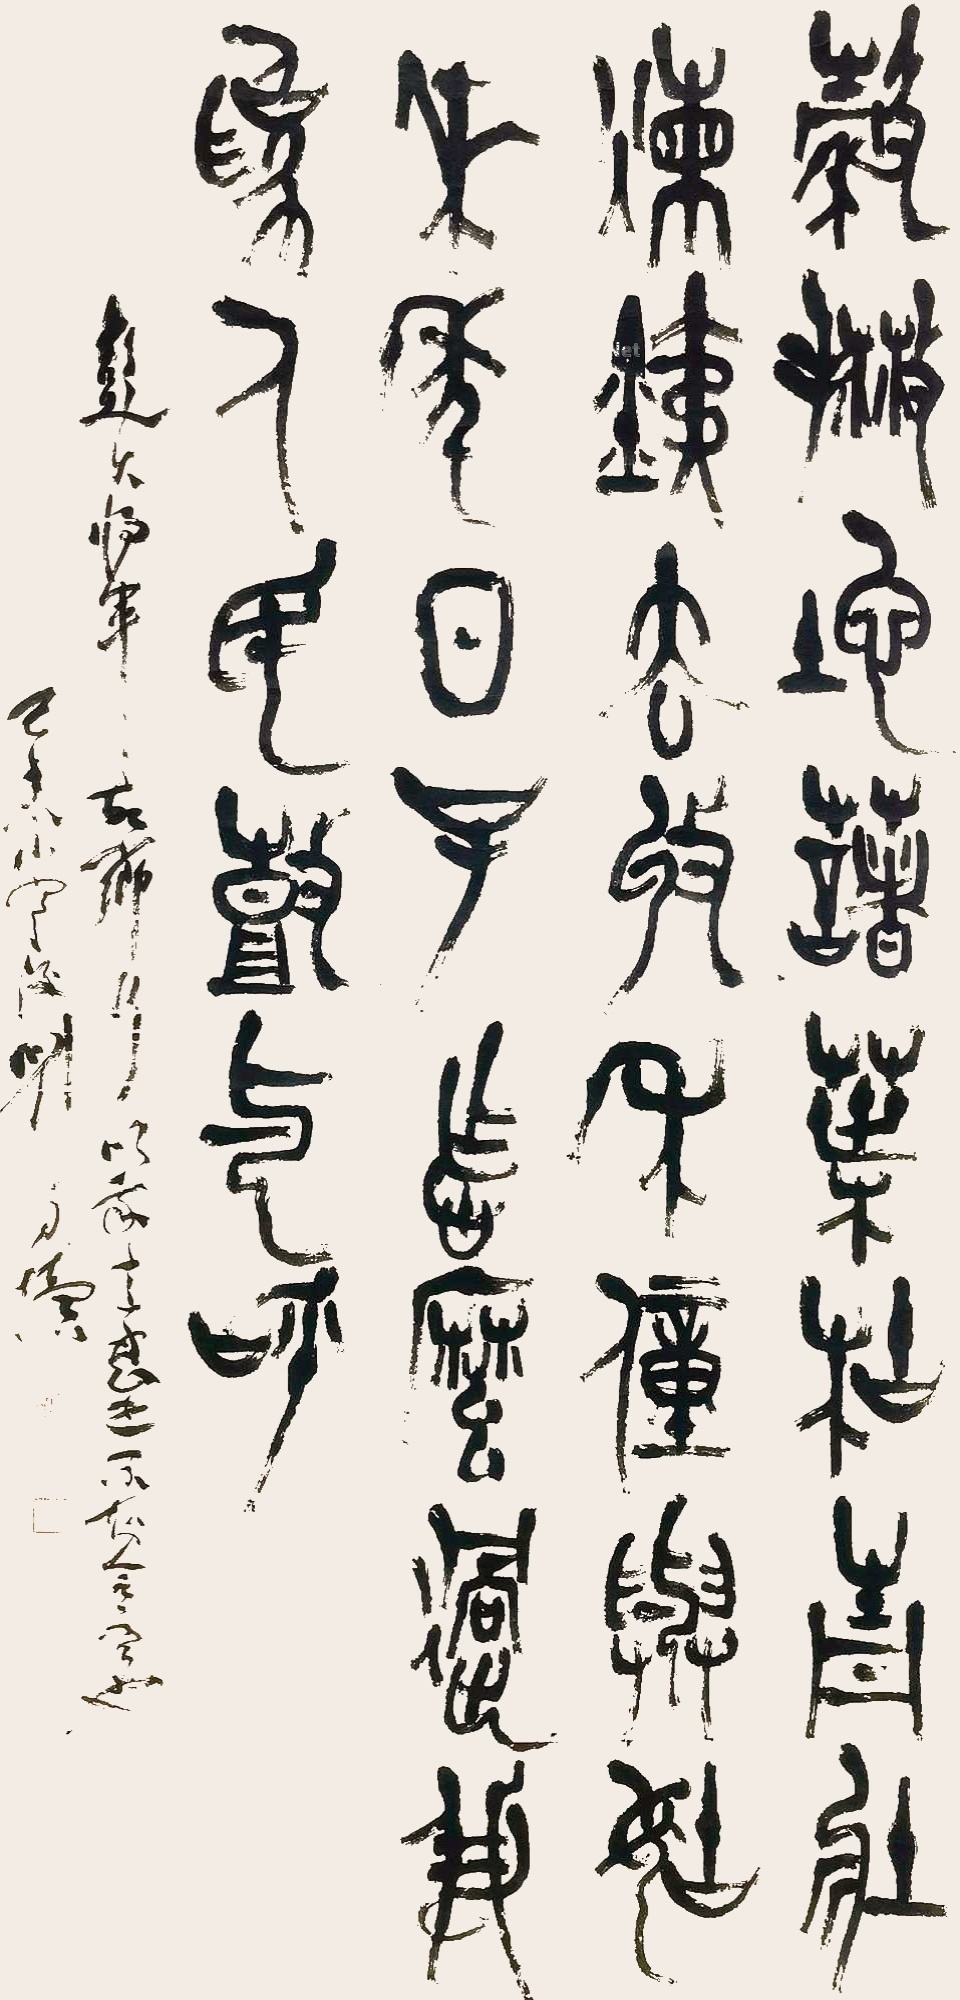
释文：谷撒地，薯叶枯，青壮炼铁去。收禾童与姑，来年日子怎么过，我为人民鼓与呼。彭大将军故乡行，以我之意写之，不知合否也。己未小寒后，刘自椟